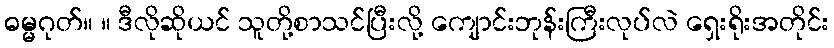
ဓမ္မဂုတ်။ ။ ဒီလိုဆိုယင် သူတို့စာသင်ပြီးလို့ ကျောင်းဘုန်းကြီးလုပ်လဲ ရှေးရိုးအတိုင်း